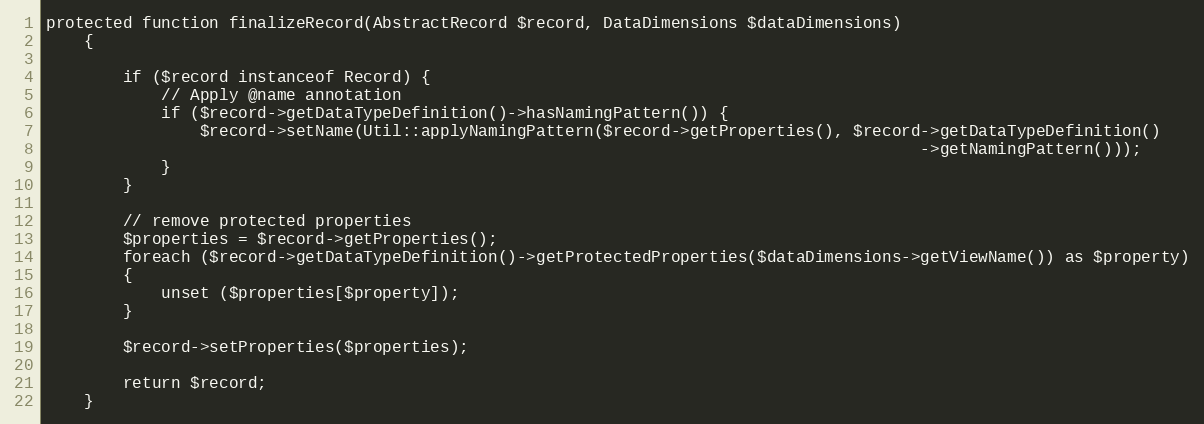
Language: PHP
protected function finalizeRecord(AbstractRecord $record, DataDimensions $dataDimensions)
    {

        if ($record instanceof Record) {
            // Apply @name annotation
            if ($record->getDataTypeDefinition()->hasNamingPattern()) {
                $record->setName(Util::applyNamingPattern($record->getProperties(), $record->getDataTypeDefinition()
                                                                                           ->getNamingPattern()));
            }
        }

        // remove protected properties
        $properties = $record->getProperties();
        foreach ($record->getDataTypeDefinition()->getProtectedProperties($dataDimensions->getViewName()) as $property)
        {
            unset ($properties[$property]);
        }

        $record->setProperties($properties);

        return $record;
    }